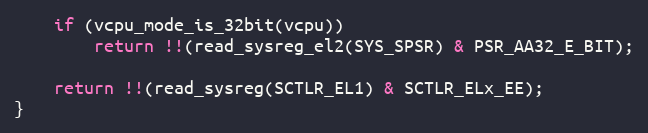
Language: C
	if (vcpu_mode_is_32bit(vcpu))
		return !!(read_sysreg_el2(SYS_SPSR) & PSR_AA32_E_BIT);

	return !!(read_sysreg(SCTLR_EL1) & SCTLR_ELx_EE);
}